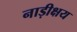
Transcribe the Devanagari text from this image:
नाड़ीक्षय